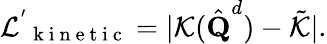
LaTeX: \mathcal{L^{'}}_{\mathrm{~k~i~n~e~t~i~c~}}=|\mathcal{K}(\hat{\textbf{Q}}^{d})-\tilde{\mathcal{K}}|.